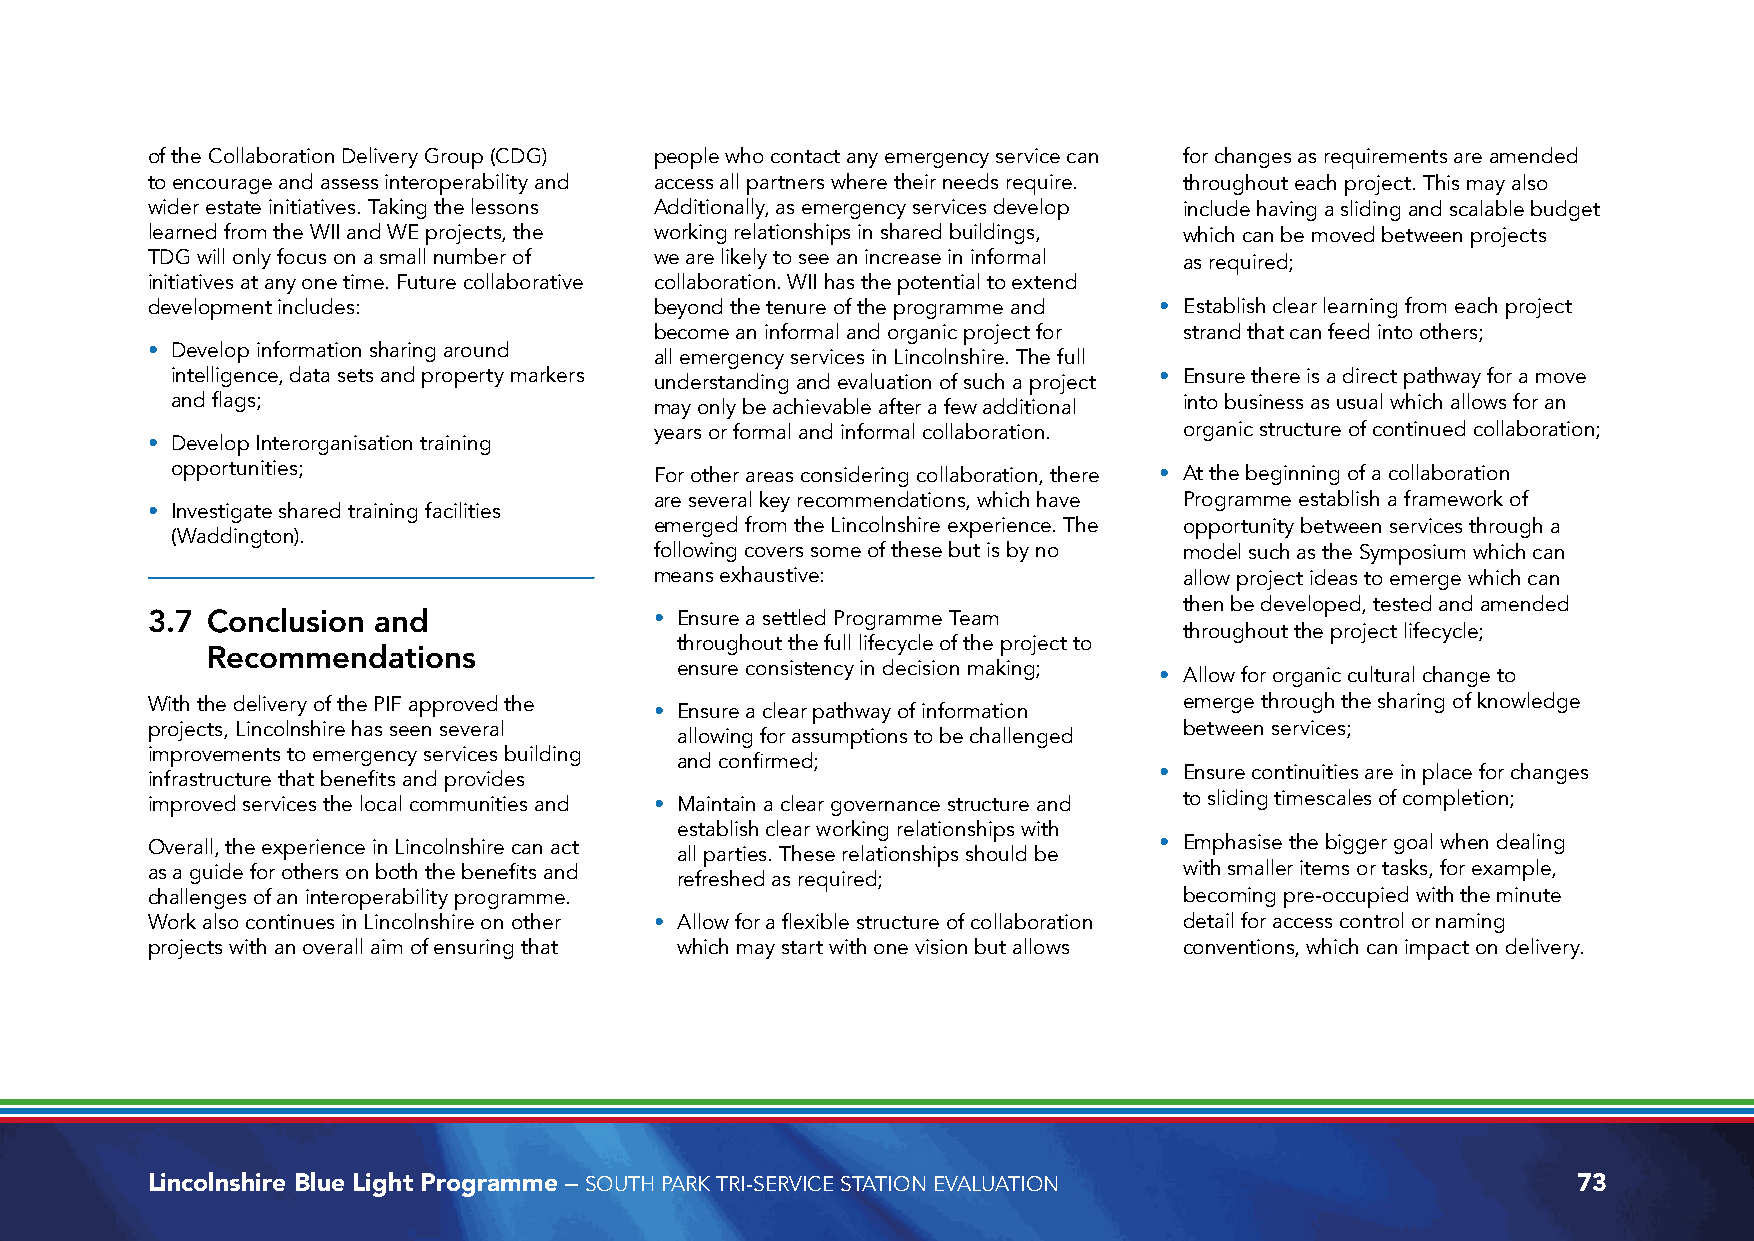
of the Collaboration Delivery Group (CDG) people who contact any emergency service can for changes as requirements are amended
 to encourage and assess interoperability and access all partners where their needs require. throughout each project. This may also
 wider estate initiatives. Taking the lessons Additionally, as emergency services develop include having a sliding and scalable budget
 learned from the WII and WE projects, the working relationships in shared buildings, which can be moved between projects
 TDG will only focus on a small number of we are likely to see an increase in informal as required;
 initiatives at any one time. Future collaborative collaboration. WII has the potential to extend
 development includes:            beyond the tenure of the programme and • Establish clear learning from each project
 become an informal and organic project for strand that can feed into others;
 • Develop information sharing around
 all emergency services in Lincolnshire. The full
 intelligence, data sets and property markers understanding and evaluation of such a project • Ensure there is a direct pathway for a move
 and flags;                      may only be achievable after a few additional into business as usual which allows for an
 years or formal and informal collaboration. organic structure of continued collaboration;
 • Develop Interorganisation training
 opportunities;                  For other areas considering collaboration, there • At the beginning of a collaboration
 are several key recommendations, which have Programme establish a framework of
 • Investigate shared training facilities
 emerged from the Lincolnshire experience. The opportunity between services through a
 (Waddington).
 following covers some of these but is by no model such as the Symposium which can
 means exhaustive:                  allow project ideas to emerge which can
 then be developed, tested and amended
 3.7 Conclusion and               • Ensure a settled Programme Team
 throughout the project lifecycle;
 throughout the full lifecycle of the project to
 Recommendations
 ensure consistency in decision making;
 • Allow for organic cultural change to
 With the delivery of the PIF approved the                           emerge through the sharing of knowledge
 • Ensure a clear pathway of information
 projects, Lincolnshire has seen several                             between services;
 allowing for assumptions to be challenged
 improvements to emergency services building
 and confirmed;
 • Ensure continuities are in place for changes
 infrastructure that benefits and provides
 improved services the local communities and • Maintain a clear governance structure and to sliding timescales of completion;
 establish clear working relationships with
 Overall, the experience in Lincolnshire can act                    • Emphasise the bigger goal when dealing
 all parties. These relationships should be
 as a guide for others on both the benefits and                      with smaller items or tasks, for example,
 refreshed as required;
 challenges of an interoperability programme.                        becoming pre-occupied with the minute
 Work also continues in Lincolnshire on other • Allow for a flexible structure of collaboration detail for access control or naming
 projects with an overall aim of ensuring that which may start with one vision but allows conventions, which can impact on delivery.
 Lincolnshire Blue Light Programme – SOUTH PARK TRI-SERVICE STATION EVALUATION                 73